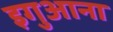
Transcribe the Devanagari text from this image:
इगुआना